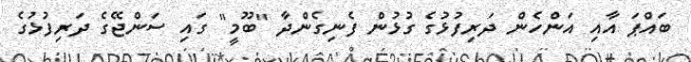
ބައްޕަ އާއި އަންހެން ދަރިފުޅުގެ ގުޅުން ފެނިގެންދާ "ބޫމީ" ގައި ސަންޖޭގެ ދަރިފުޅުގެ